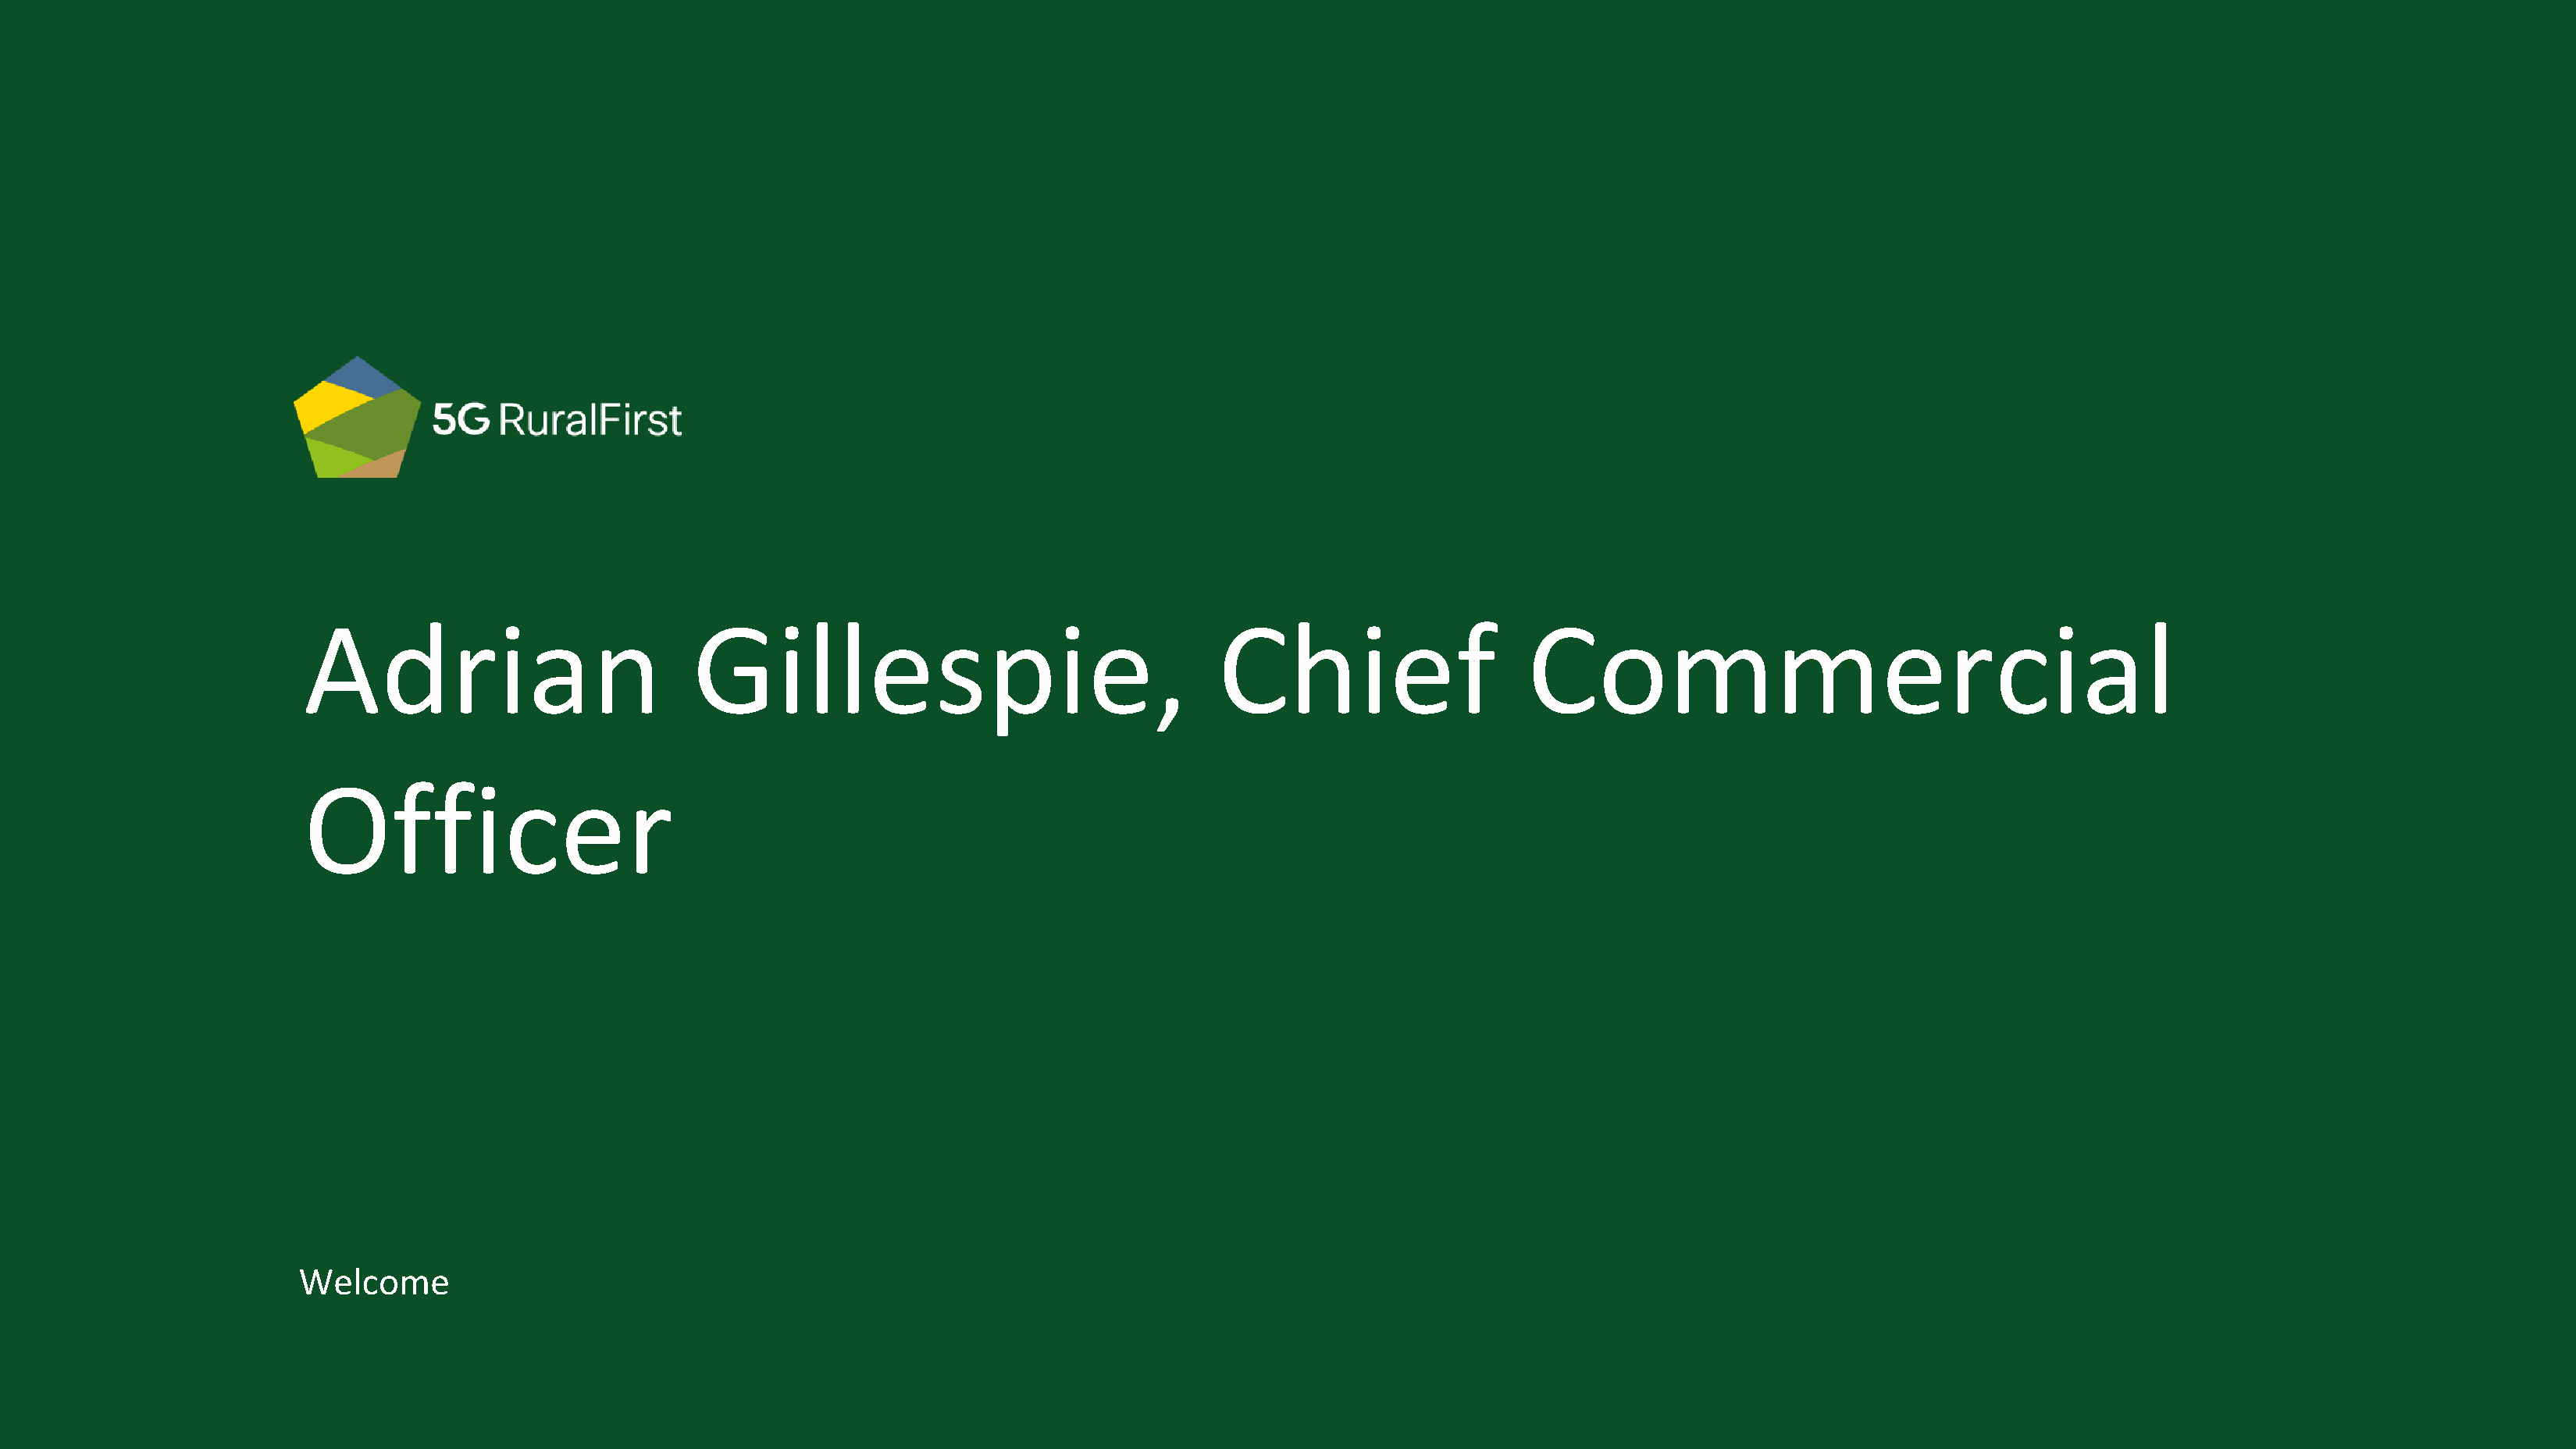
Adrian                           Gillespie,                                  Chief                     Commercial
 Officer
 Welcome